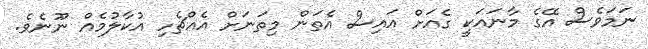
ނަމަވެސް އޭގެ މާނައަކީ ގެއަށް އައިސް އެތަން މިތަނަށް އެއްޗެހި އުކާލުމެއް ނޫނެވެ.